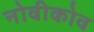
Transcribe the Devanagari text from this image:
नोवीकोव